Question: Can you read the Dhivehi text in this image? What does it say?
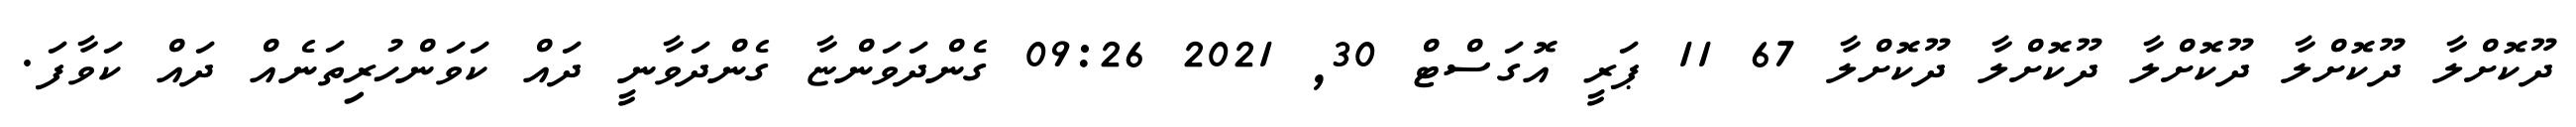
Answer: ދޫކޮށްލާ ދޫކޮށްލާ ދޫކޮށްލާ ދޫކޮށްލާ ދޫކޮށްލާ 67 11 ޕަރީ އޮގަސްޓް 30, 2021 09:26 ގެންދަވަންޏާ ގެންދަވާނީ ދައް ކަވަންހުރިތަނެއް ދައް ކަވާފަ.